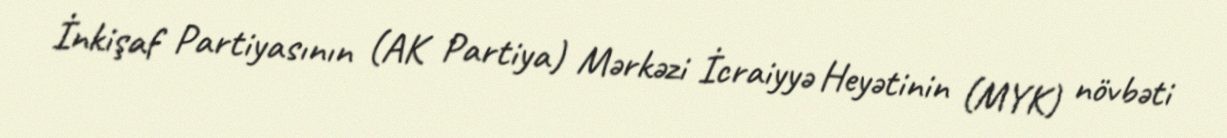
İnkişaf Partiyasının (AK Partiya) Mərkəzi İcraiyyə Heyətinin (MYK) növbəti